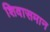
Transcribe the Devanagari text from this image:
शिवासमान